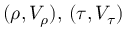
( \rho , V _ { \rho } ) , \, ( \tau , V _ { \tau } )